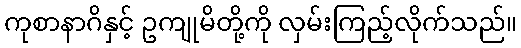
ကုစာနာဂိနှင့် ဥကျုမိတို့ကို လှမ်းကြည့်လိုက်သည်။